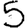
Digit: 5